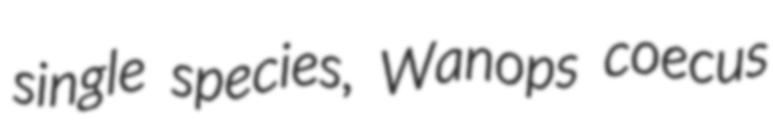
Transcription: single species, Wanops coecus